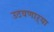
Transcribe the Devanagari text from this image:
उठवणाऱ्या